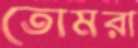
তোমরা